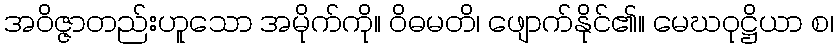
အဝိဇ္ဇာတည်းဟူသော အမိုက်ကို။ ဝိဓမတိ၊ ဖျောက်နိုင်၏။ မေဃဝုဋ္ဌိယာ စ၊